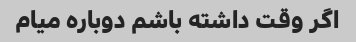
اگر وقت داشته باشم دوباره میام